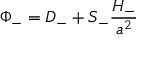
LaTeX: \Phi _ { - } = D _ { - } + S _ { - } \frac { \cal { H } _ { - } } { a ^ { 2 } }